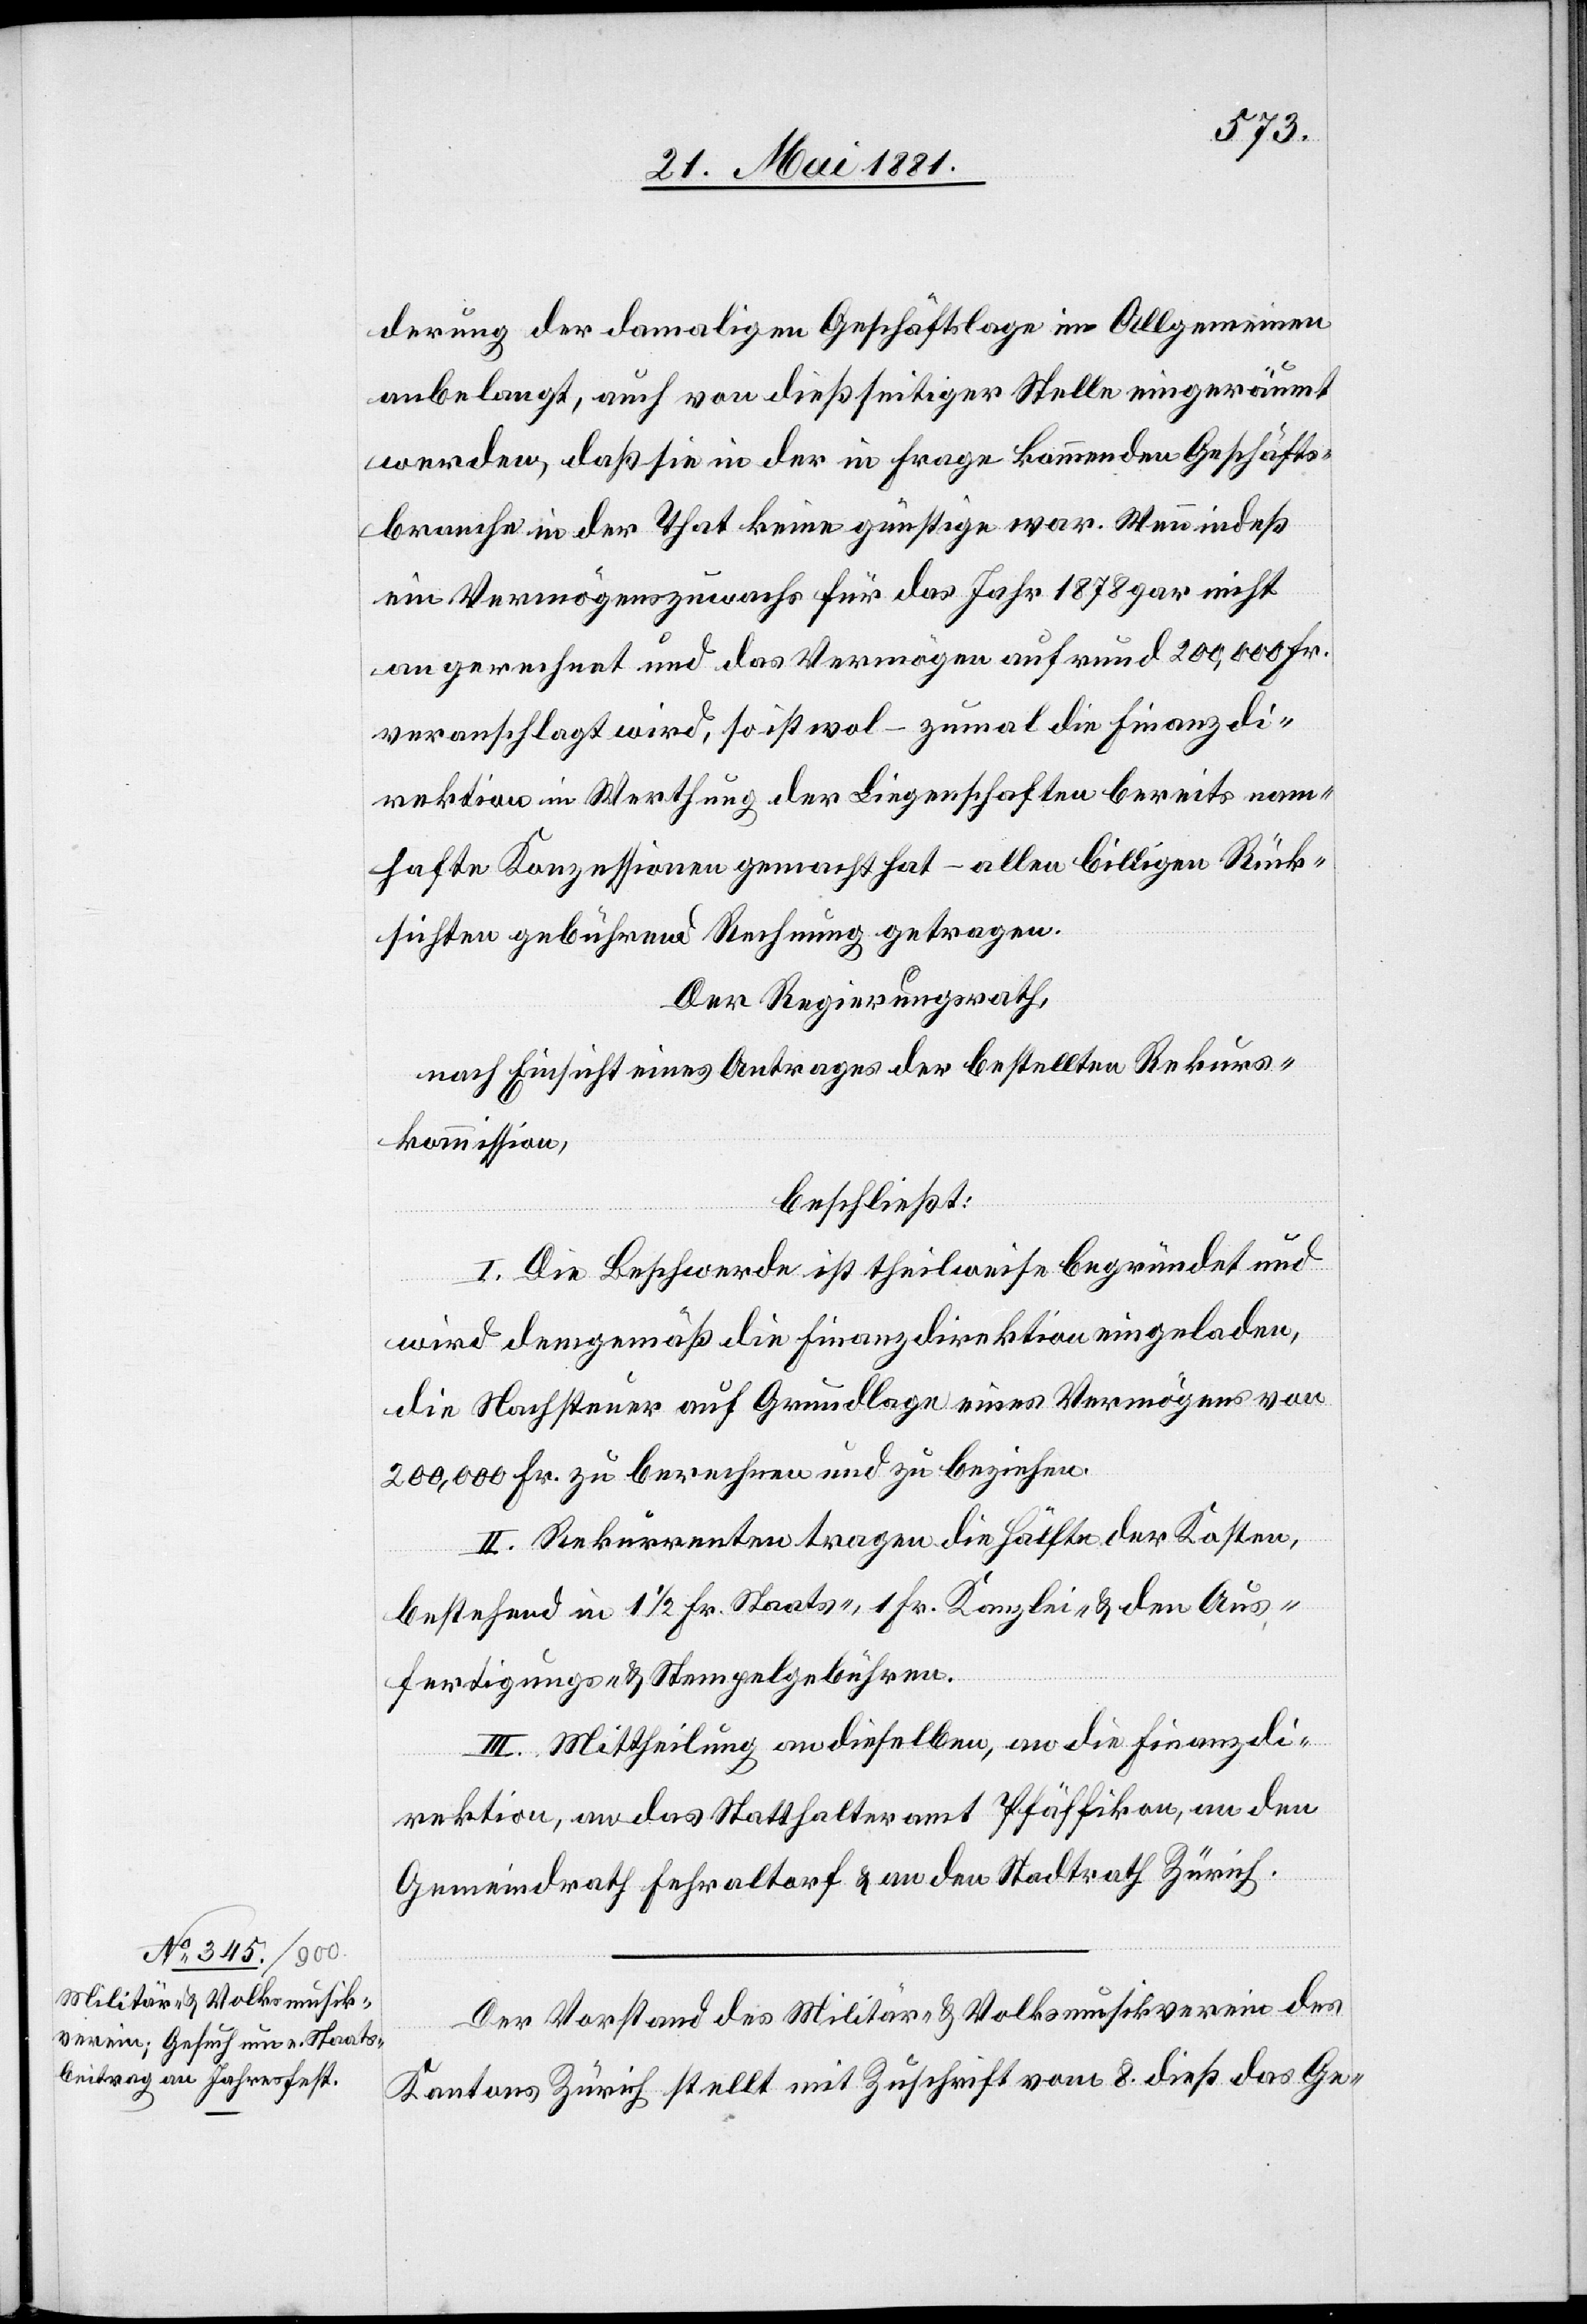
derung der damaligen Geschäftslage im Allgemeinen
angelangt, auch von dießseitiger Stelle eingeräumt
werden, daß sie in der in Frage kommenden Geschäfts¬
branche in der That keine günstige war. Wenn indeß
ein Vermögenszuwachs für das Jahr 1878 gar nicht
angerechnet und das Vermögen auf rund 200,000 Fr.
veranschlagt wird, so ist wol – zumal die Finanzdi¬
rektion in Werthung der Liegenschaften bereits nam¬
hafte Konzessionen gemacht hat – allen billigen Rück¬
sichten gebührend Rechnung getragen.
Der Regierungsrath,
nach Einsicht eines Antrages der bestellten Rekurs¬
kommission,
beschließt:
I. Die Beschwerde ist theilweise begründet und
wird demgemäß die Finanzdirektion eingeladen,
die Nachsteuer auf Grundlage eines Vermögens von
200,000 Fr. zu berechnen und zu beziehen.
II. Rekurrenten tragen die Hälfte der Kosten,
bestehend in 1 1/2 Fr. Staats-, 1 Fr. Kanzlei- & den Aus¬
fertigungs- & Stempelgebühren.
III. Mittheilung an dieselben, an die Finanzdi¬
rektion, an das Statthalteramt Pfäffikon, an den
Gemeindrath Fehraltorf & an den Stadtrath Zürich.
Der Vorstand des Militär- & Volksmusikverein des
Kantons Zürich stellt mit Zuschrift vom 8. dieß das Ge-